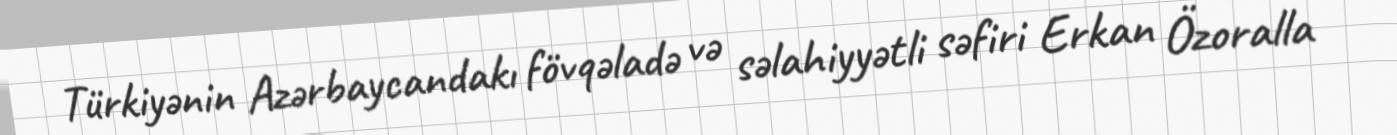
Türkiyənin Azərbaycandakı fövqəladə və səlahiyyətli səfiri Erkan Özoralla